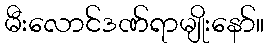
မီးလောင်ဒဏ်ရာမျိုးနော်။